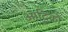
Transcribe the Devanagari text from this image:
आदिकों